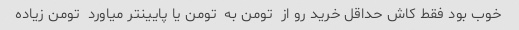
خوب بود فقط کاش حداقل خرید رو از  تومن به  تومن یا پایینتر میاورد  تومن زیاده